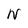
Character: N